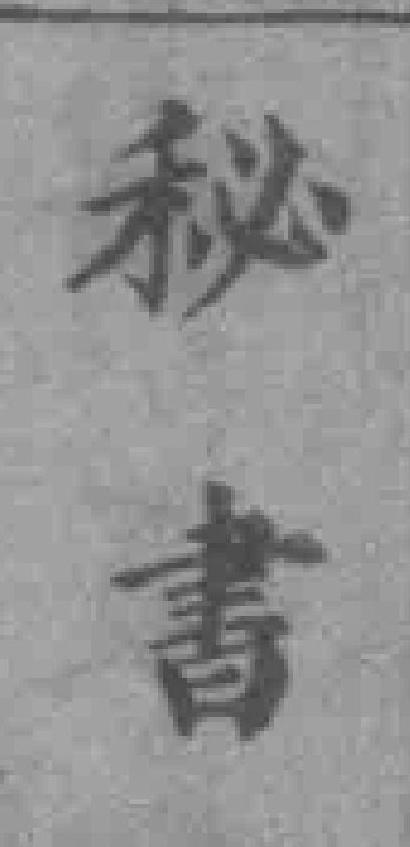
秘書